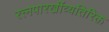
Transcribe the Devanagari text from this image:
रत्त्‍नपारखींव्यतिरिक्त